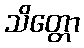
သိတ္တော